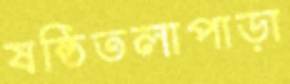
ষষ্ঠিতলাপাড়া